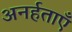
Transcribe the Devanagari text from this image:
अनर्हताएँ